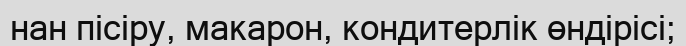
нан пісіру, макарон, кондитерлік өндірісі;